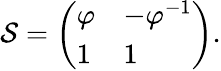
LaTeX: \mathcal{S}={\left(\begin{array}{ll}{\varphi}&{-\varphi^{-1}}\\ {1}&{1}\end{array}\right)}.